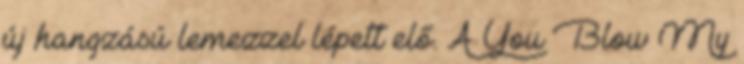
új hangzású lemezzel lépett elő. A You Blow My